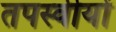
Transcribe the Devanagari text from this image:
तपस्वीयों